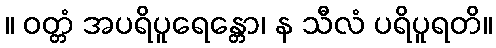
။ ဝတ္တံ အပရိပူရေန္တော၊ န သီလံ ပရိပူရတိ။